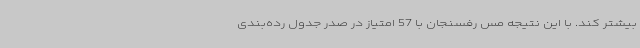
بیشتر کند. با این نتیجه مس رفسنجان با 57 امتیاز در صدر جدول رده‌بندی